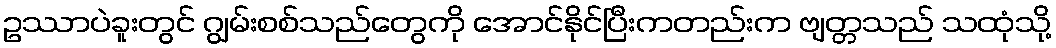
ဥဿာပဲခူးတွင် ဂျွမ်းစစ်သည်တွေကို အောင်နိုင်ပြီးကတည်းက ဗျတ္တသည် သထုံသို့